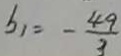
b _ { 1 } = - \frac { 4 9 } { 3 }